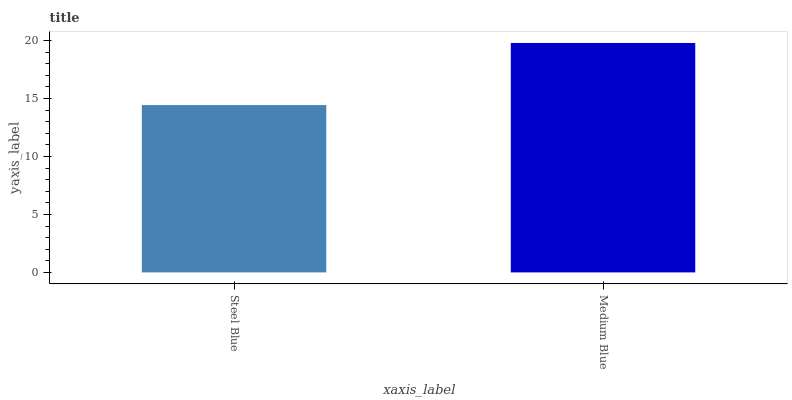
| xaxis_label | bars |
 | --- | --- |
 | Steel Blue | 14.4 |
 | Medium Blue | 19.8 |